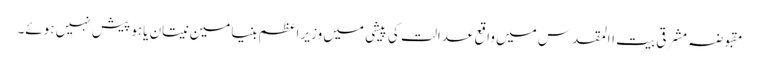
مقبوضہ مشرقی بیت االمقدس میں واقع عدالت کی پیشی میں وزیر اعظم بنیامین نیتان یاہو پیش نہیں ہوئے۔